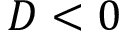
D < 0